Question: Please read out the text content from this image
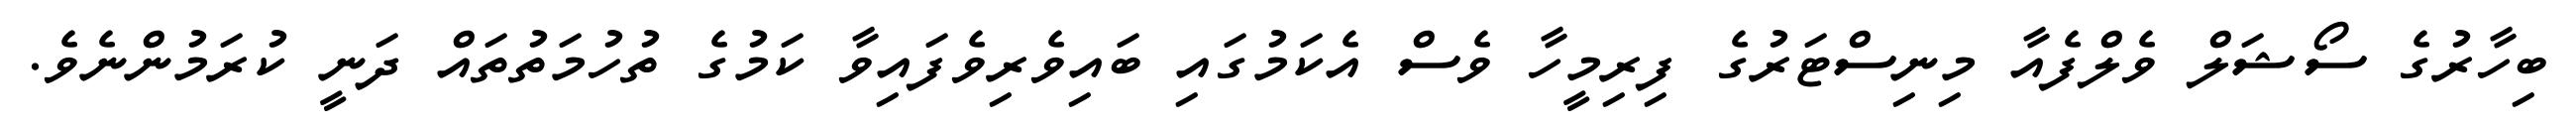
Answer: ބިހާރުގެ ސޯޝަލް ވެލްފެއާ މިނިސްޓަރުގެ ފިރިމީހާ ވެސް އެކަމުގައި ބައިވެރިވެފައިވާ ކަމުގެ ތުހުމަތުތައް ދަނީ ކުރަމުންނެވެ.